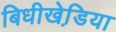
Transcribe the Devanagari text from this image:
बिधीखेडि़या